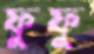
ফুফুু